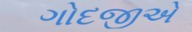
ગોદજીએ